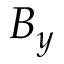
B _ { y }